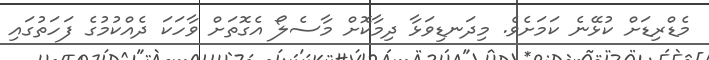
މެޑްރިޑަށް ކުޅޭނެ ކަމަށެވެ. މިދަނޑިވަޅާ ދިމާކޮށް މާސެލޯ އެގޮތަށް ވާހަކަ ދެއްކުމުގެ ފަހަތުގައި